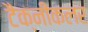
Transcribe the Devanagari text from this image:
टैक्नीकलर